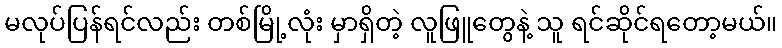
မလုပ်ပြန်ရင်လည်း တစ်မြို့လုံး မှာရှိတဲ့ လူဖြူတွေနဲ့ သူ ရင်ဆိုင်ရတော့မယ်။